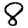
Digit: 8